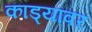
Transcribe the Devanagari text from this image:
काड्यांवर